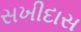
સખીદાસ